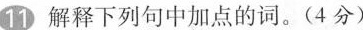
11解释下列句中加点的词。(4分)